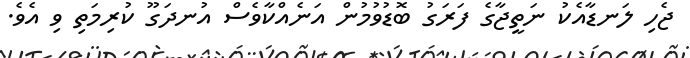
ޖެހި ލަނޑާއެކު ނަތީޖާގެ ފަރަގު ބޮޑުވުމުން އަނެއްކާވެސް އުނދަގޫ ކުރިމަތި ވި އެވެ.